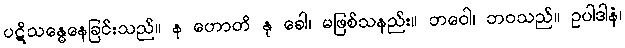
ပဋိသန္ဓေနေခြင်းသည်။ န ဟောတိ နု ခေါ၊ မဖြစ်သနည်း။ ဘဝေါ၊ ဘဝသည်။ ဥပါဒါနံ၊